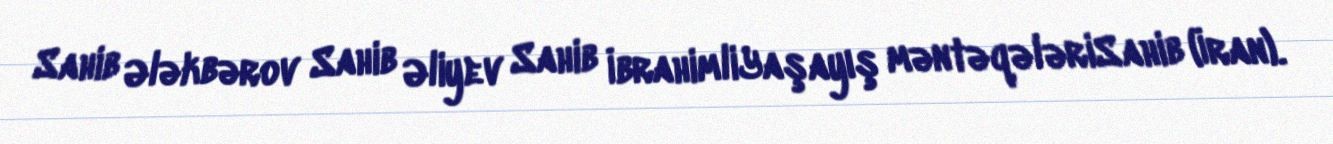
Sahib Ələkbərov Sahib Əliyev Sahib İbrahimliYaşayış məntəqələriSahib (İran).